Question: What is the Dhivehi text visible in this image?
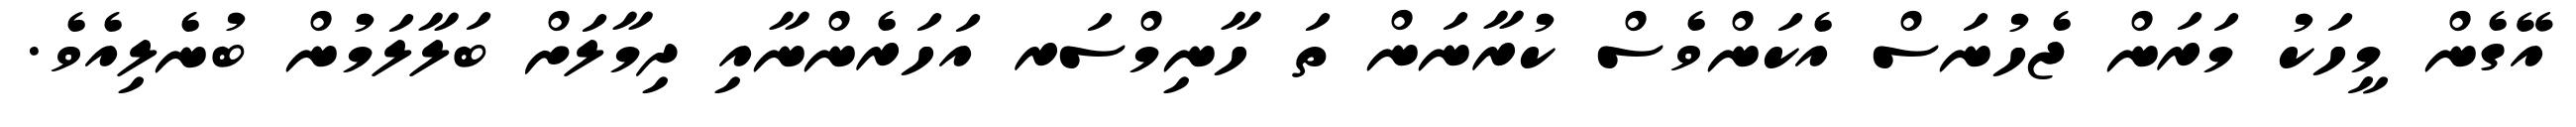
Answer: އޭގެން މީހަކު މަރަން ޖެހުނަސް އެކަންވެސް ކުރާނަން ތަ ހާނިމްސަރ އަހަރެންނާއި ދިމާލަށް ބަލާލަމުން ބުނެލިއެވެ.